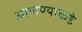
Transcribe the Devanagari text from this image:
आणण्याकडे